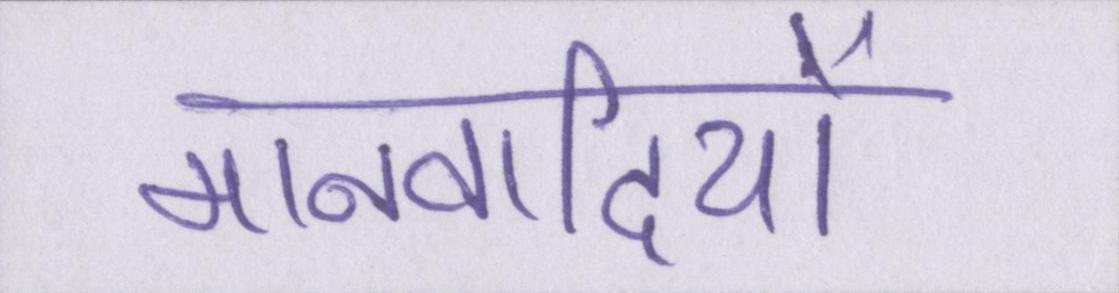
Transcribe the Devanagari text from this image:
मानवादियों